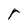
Character: r